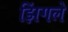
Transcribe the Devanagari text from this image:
झिंगले